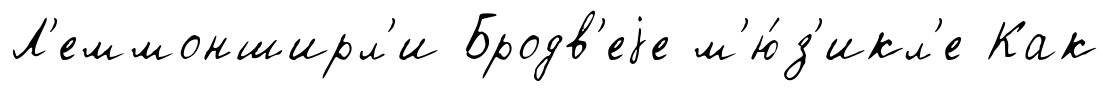
Л'еммонширл'и Бродв'еjе м'ю́з'икл'е Как